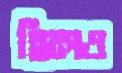
হিলও